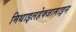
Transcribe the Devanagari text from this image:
मिथाइलहेक्जामाइन